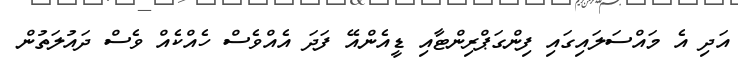
އަދި އެ މައްސަލައިގައި ފިންގަޕްރިންޓާއި ޑީއެންއޭ ފަދަ އެއްވެސް ހެއްކެއް ވެސް ދައުލަތުން